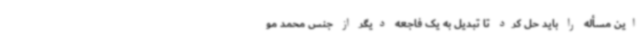
این مسأله را باید حل کرد تا تبدیل به یک فاجعه دیگر از جنس محمد مو